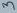
Text: 3